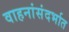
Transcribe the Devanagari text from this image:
वाहनांसंदर्भात